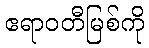
ဧရာဝတီမြစ်ကို